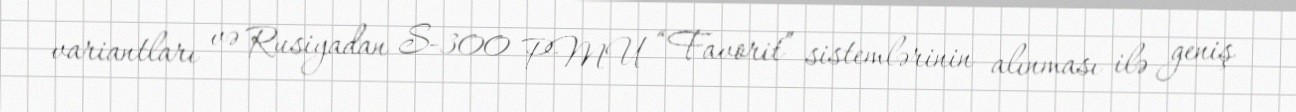
variantları və Rusiyadan S-300 PMU “Favorit” sistemlərinin alınması ilə geniş